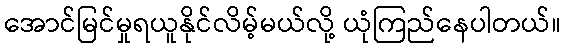
အောင်မြင်မှုရယူနိုင်လိမ့်မယ်လို့ ယုံကြည်နေပါတယ်။